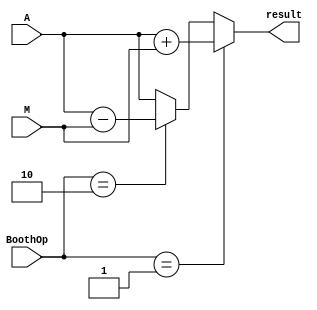
module Booth_AdderSubtractor
	(
	input [31:0] A,
	input [31:0] M,
	input [1:0] BoothOp,
	
	output [31:0] result
    );

	 assign result = BoothOp == 2'b01 ? A+M:
							BoothOp == 2'b10 ? A-M:
							A;
endmodule